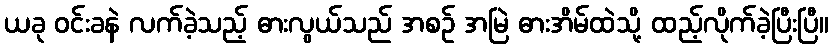
ယခု ဝင်းခနဲ လက်ခဲ့သည့် ဓားလွယ်သည် အစဉ် အမြဲ ဓားအိမ်ထဲသို့ ထည့်လိုက်ခဲ့ပြီးပြီ။